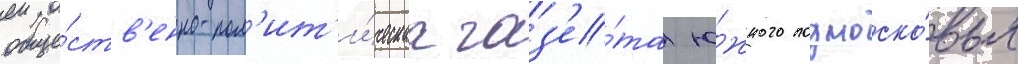
обще́ств'енно-пол'ит'и́ческаа газ'е́та ю́жного подмоско́вья